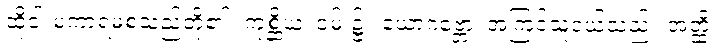
ထိုငါးမကာရမစသည်တို့၏။ ကုစ္ဆိယံ၊ ဝမ်း၌။ ယောဂဗ္ဘော၊ အကြင်သူငယ်သည်။ အတ္ထိ၊